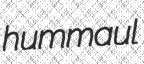
hummaul